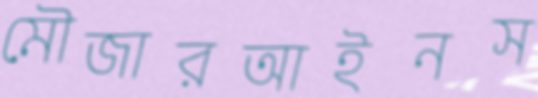
মৌজারআইনস